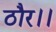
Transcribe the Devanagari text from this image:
ठौर।।